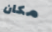
مكان